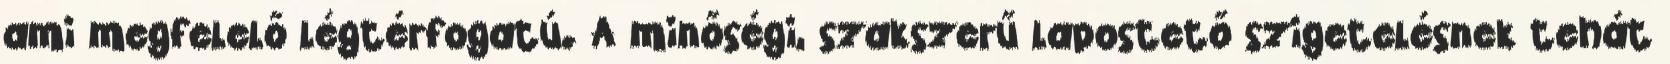
ami megfelelő légtérfogatú. A minőségi, szakszerű lapostető szigetelésnek tehát